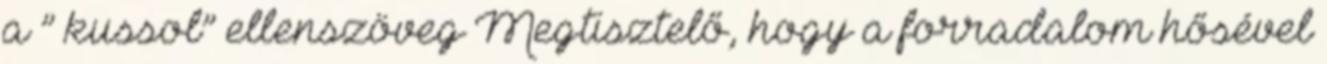
a ” kussol” ellenszöveg Megtisztelő, hogy a forradalom hősével